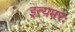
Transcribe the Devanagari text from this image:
इत्यमरः